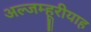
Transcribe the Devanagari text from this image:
अल्जम्हूरीयाह